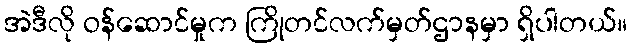
အဲဒီလို ဝန်ဆောင်မှုက ကြိုတင်လက်မှတ်ဌာနမှာ ရှိပါတယ်။